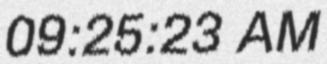
09:25:23 AM